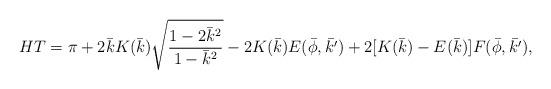
LaTeX: \begin{align*}HT=\pi+2\bar{k}K(\bar{k})\sqrt{\frac{1-2\bar{k}^2}{1-\bar{k}^2}}-2K(\bar{k})E(\bar{\phi},\bar{k'})+2[K(\bar{k})-E(\bar{k})]F(\bar{\phi},\bar{k'}),\end{align*}